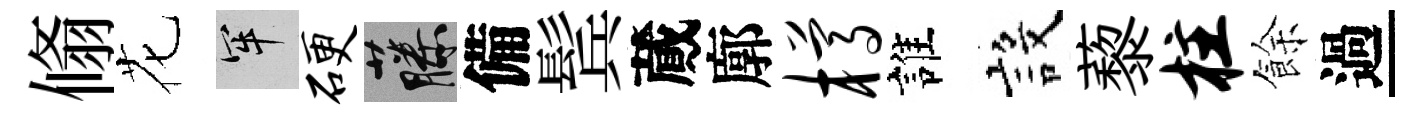
翛花牢硬藤備鬂蕆廓樽誰設藜柱餘過